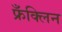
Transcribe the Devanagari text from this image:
फ्रँक्लिन